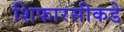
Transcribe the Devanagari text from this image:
शिफारसीकडे